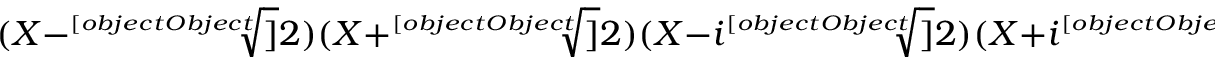
( X - { \sqrt [ [object Object] ] { 2 } } ) ( X + { \sqrt [ [object Object] ] { 2 } } ) ( X - i { \sqrt [ [object Object] ] { 2 } } ) ( X + i { \sqrt [ [object Object] ] { 2 } } )